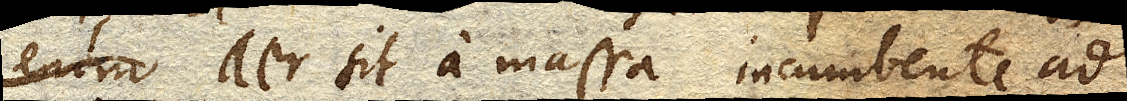
enim aer sit a massa incumbente ad